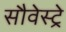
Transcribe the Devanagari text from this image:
सौवेस्ट्रे